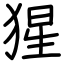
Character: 猩